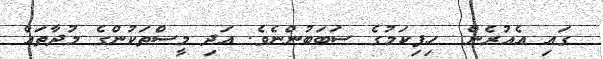
ގައި އެއުރެން  ހިިފިކަމުގެ ސަބަބުންނެވެ. އަދި މީސްތަކުންގެ މުދާތައް